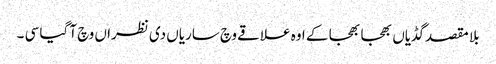
بلا مقصد گڈیاں بھجا بھجا کے اوہ علاقے وچ ساریاں دی نظرا ں وچ آ گیا سی ۔